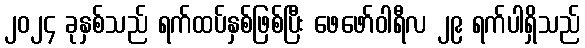
၂၀၂၄ ခုနှစ်သည် ရက်ထပ်နှစ်ဖြစ်ပြီး ဖေဖော်ဝါရီလ ၂၉ ရက်ပါရှိသည်